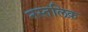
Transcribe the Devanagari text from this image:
नस्तलिक़